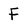
Character: f